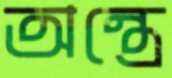
অন্ত্রে